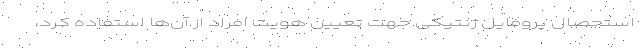
استحصال پروفایل ژنتیکی جهت تعیین هویت افراد از آن‌ها استفاده کرد،